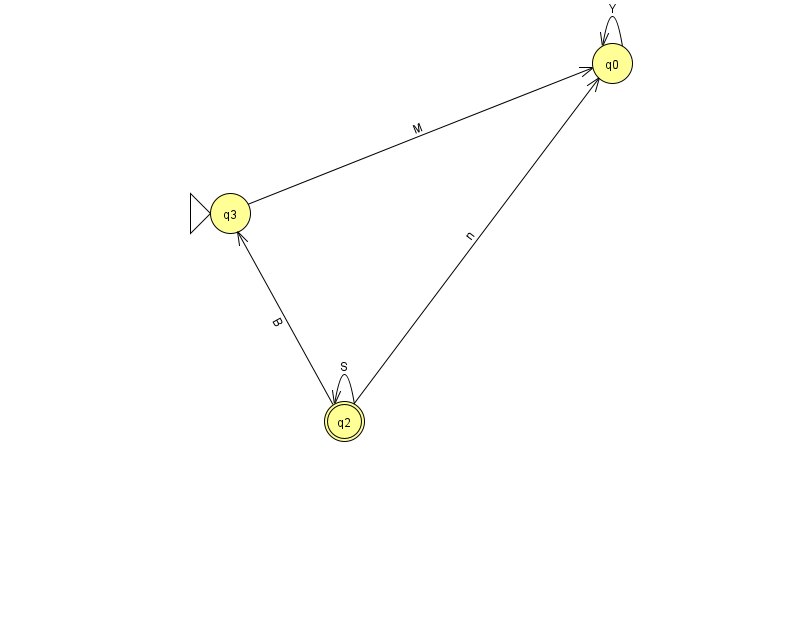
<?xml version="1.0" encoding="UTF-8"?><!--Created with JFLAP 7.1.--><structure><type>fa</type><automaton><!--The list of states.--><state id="0" name="q0"><x>612.0</x><y>50.0</y></state><state id="2" name="q2"><x>344.0</x><y>408.0</y><final/></state><state id="3" name="q3"><x>230.0</x><y>200.0</y><initial/></state><!--The list of transitions.--><transition><from>2</from><to>2</to><read>S</read></transition><transition><from>2</from><to>0</to><read>n</read></transition><transition><from>2</from><to>3</to><read>B</read></transition><transition><from>0</from><to>0</to><read>Y</read></transition><transition><from>3</from><to>0</to><read>M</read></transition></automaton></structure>